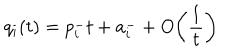
q _ { i } ( t ) = p _ { i } ^ { - } t + a _ { i } ^ { - } + O \biggl ( \frac { 1 } { t } \biggr )